V__Kingissepa_nim__kolhoos, lk 27
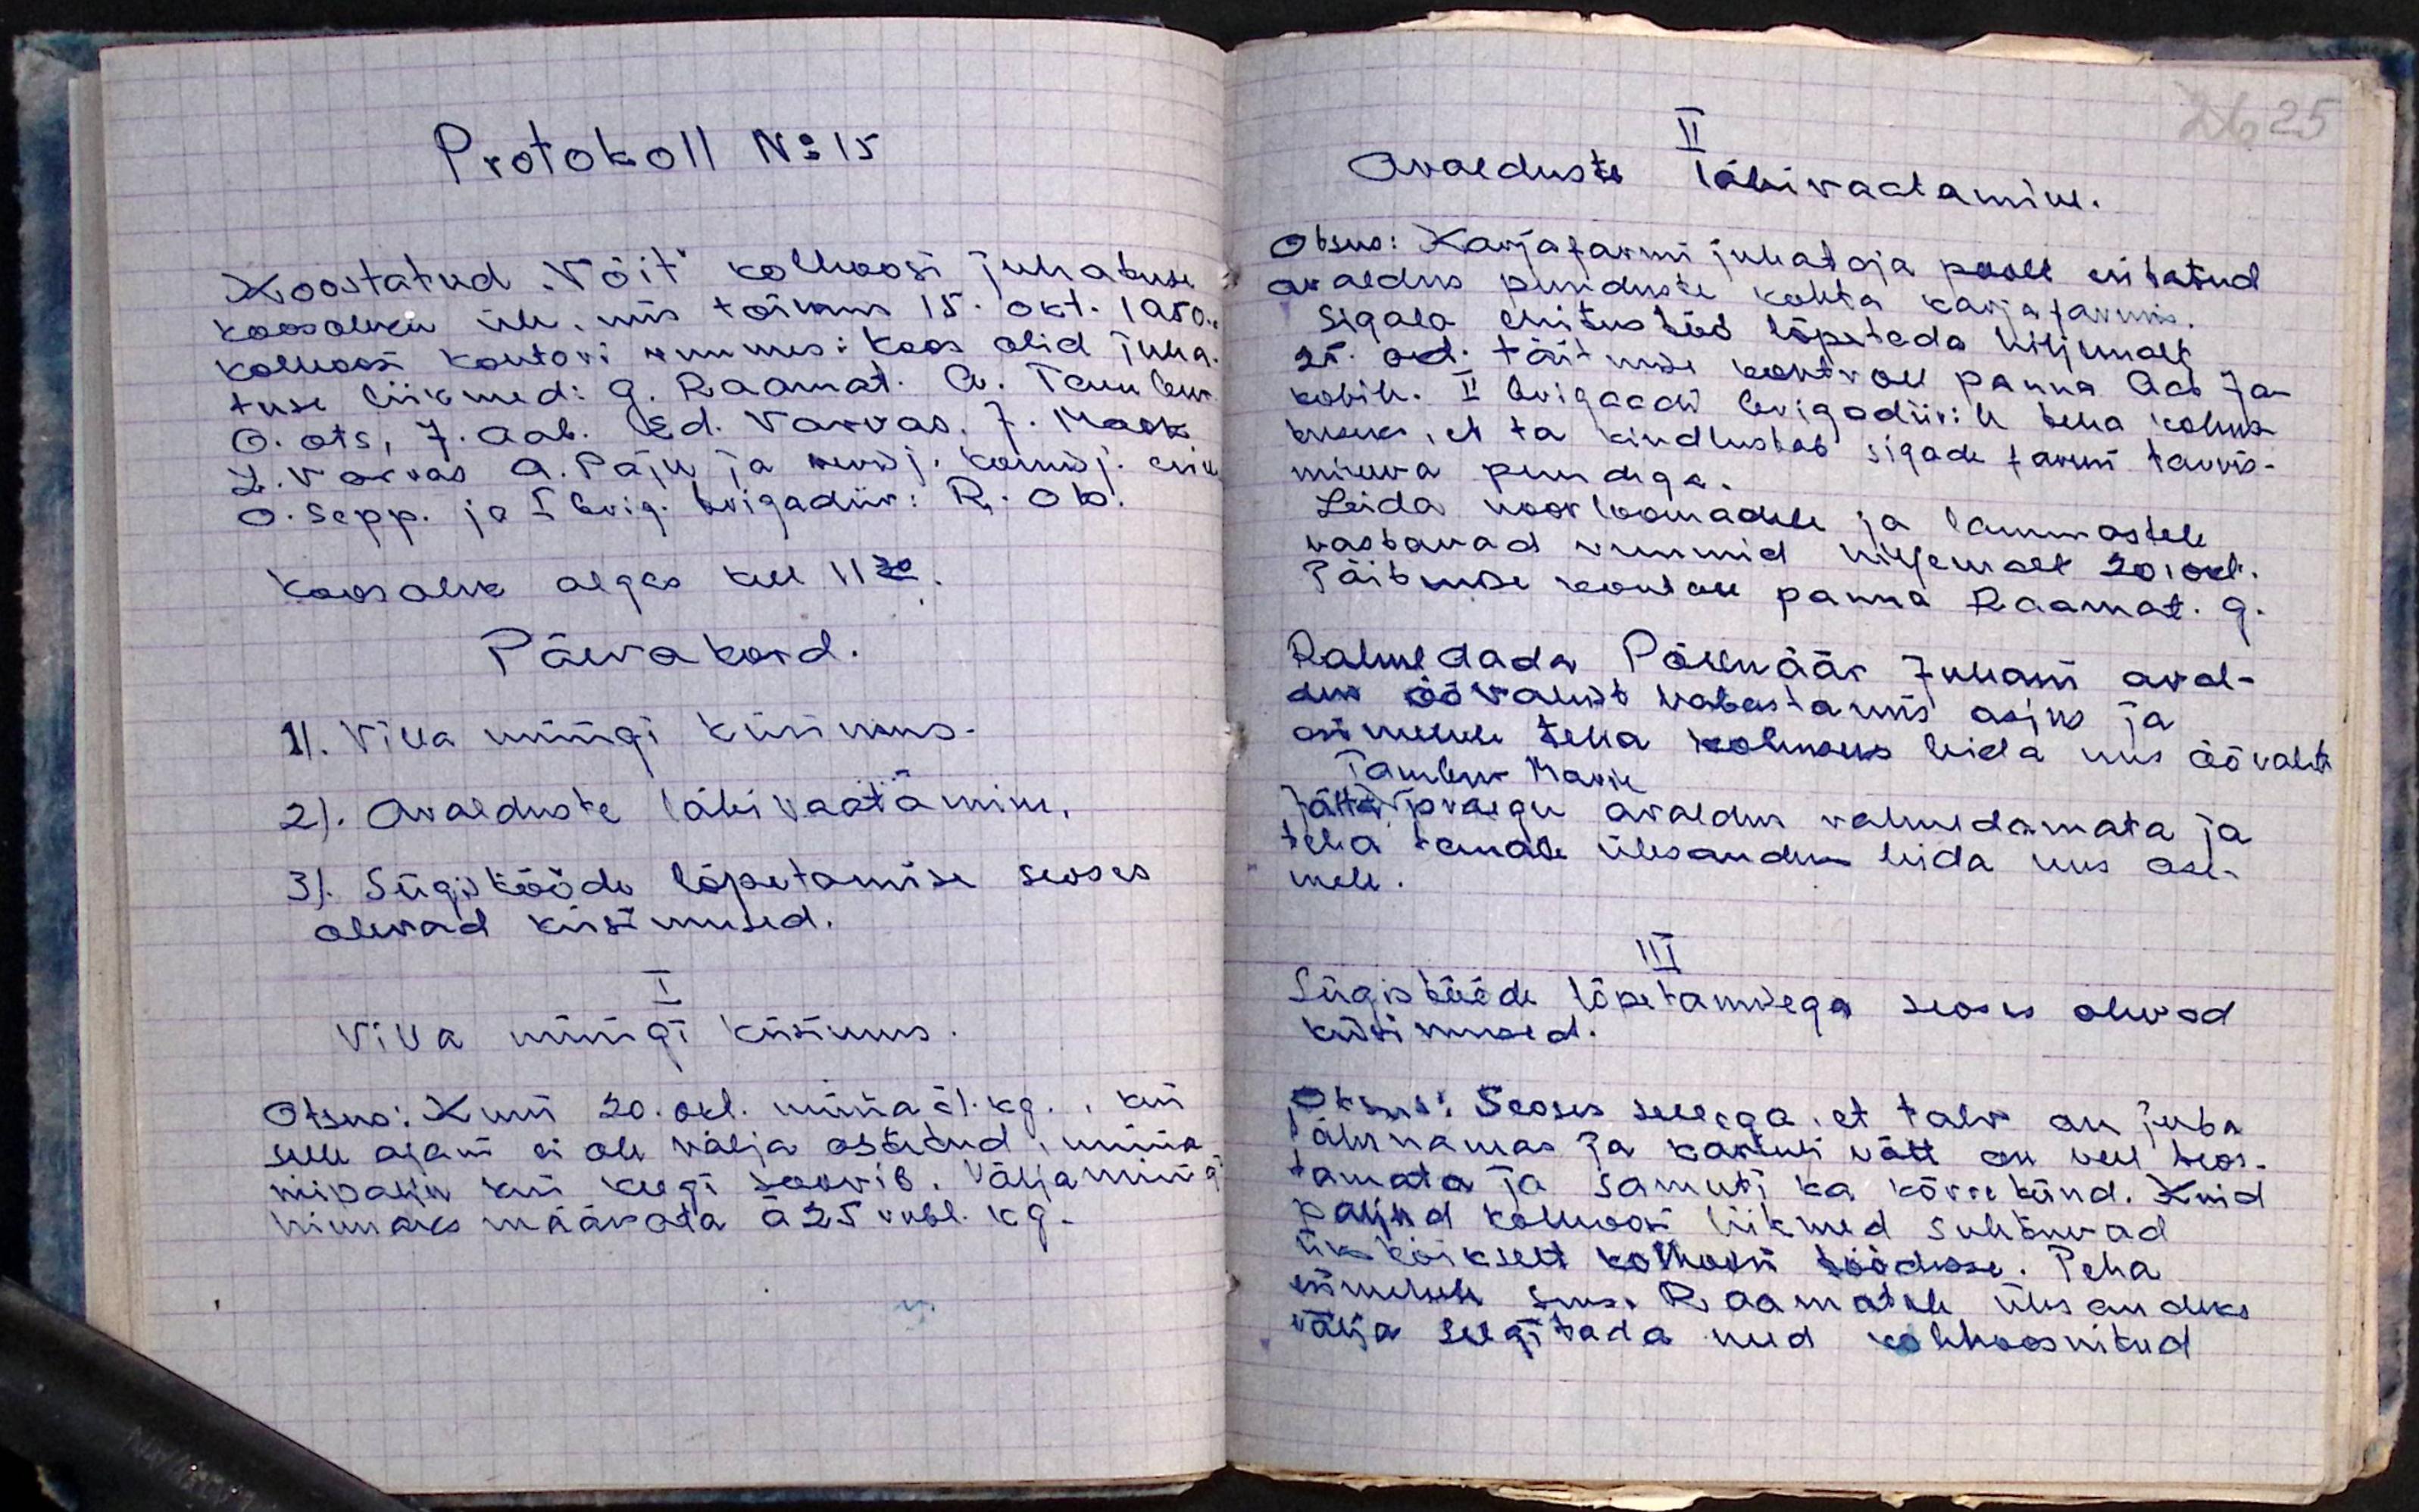
Protokoll No 15
Koostatud "Võit" kolhoosi juhatuse
koosoleku üle, mis toimus 15. okt. 1950.a
kolhoosi kontori ruumes koos olid juha-
tuse liikmed: G. Raamat. A. Tambur.
O. Ots, J. Aab. Ed. Varvas. J. Mook.
L. Varvas A. Paju ja revisj. komisj. esim.
O. Sepp. ja I brig. brigadiir: R. Ots
Koosolek algas kell 11.30
Päevakord.
1). Villa müügi küsimus.
2). Avalduste läbi vaatamine.
3). Sügistööde lõpetamise seoses
olevad küsimused.
I
Villa müügi küsimus.
Otsus: Kuni 20. okt. müüa á 1. kg., kui
selle ajani ei ole välja ostetud, müüa
niipalju kui keegi soovib. Välja müügi
hinnaks määrata a 25 rubl. kg.

II
Avalduste läbivaatamine.
Otsus: Karjafarmi juhataja poolt esitatud
avaldus puuduste kohta karjafarmis.
Sigala ehitustööd lõpetada hiljemalt
25. okt. täitmise kontroll panna Aab Ja-
kobile. II brigaadi brigadiirile tema kohus-
tuseks, et ta kindlustab sigade farmi tarvis-
mineva puudega.
Leida noorloomadele ja lammastele
vastavad ruumid hiljemalt 20. okt.
Täitmise kontroll panna Raamat. G.
Rahuldada Põlluäär Juhani aval-
dus öövahist vabastamis asjus ja
esimehele teha kohuseks leida uus öövaht
Tambur Marie
Jätta praegu avaldus rahuldamata ja
teha temale ülesandeks leida uus ase-
mele.
III
Sügistööde lõpetamisega seoses olevad
küsimused.
Otsus: Seoses sellega, et talv on juba
lähenemas ja karuli võtt on veel teos-
tamata ja samuti ka kõrre künd. Kuid
paljud kolhoosi liikmed suhtuvad
ükskõikselt kolhoosi töödesse. Teha
esimehele Susi Raamatule ülesandeks
välja selgitada need kolhoosnikud